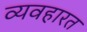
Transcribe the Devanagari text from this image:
व्‍यवहारत